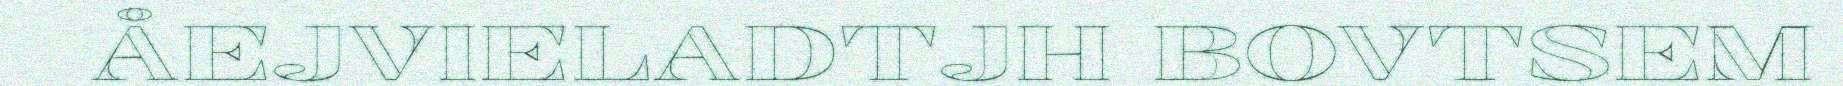
ÅEJVIELADTJH BOVTSEM